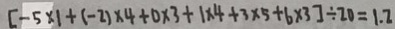
[ - 5 \times 1 + ( - 2 ) \times 4 + 0 \times 3 + 1 \times 4 + 3 \times 5 + 6 \times 3 ] \div 2 0 = 1 . 2